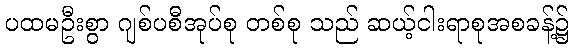
ပထမဦးစွာ ဂျစ်ပစီအုပ်စု တစ်စု သည် ဆယ့်ငါးရာစုအစခန့်၌